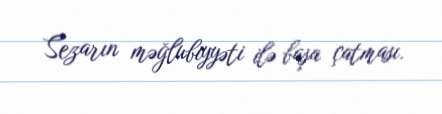
Sezarın məğlubiyyəti ilə başa çatması.